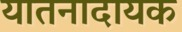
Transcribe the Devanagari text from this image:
यातनादायक